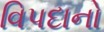
વિપદાનો